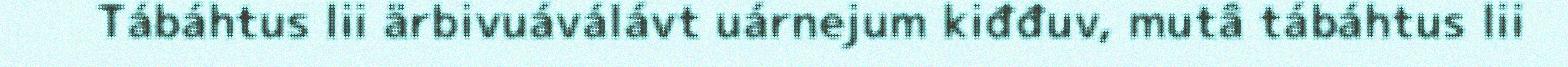
Tábáhtus lii ärbivuáválávt uárnejum kiđđuv, mutâ tábáhtus lii